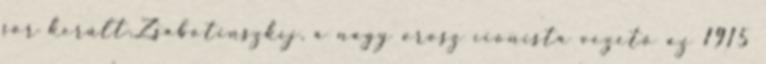
sor került.Zsabotinszkíj, a nagy orosz cionista vezető az 1915